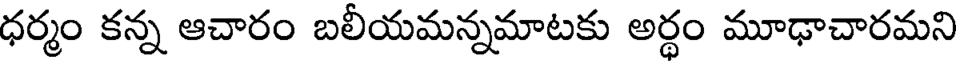
ధర్మం కన్న ఆచారం బలీయమన్నమాటకు అర్థం మూఢాచారమని